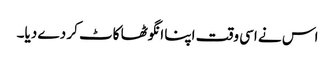
اس نے اسی وقت اپنا انگوٹھا کاٹ کر دے دیا۔